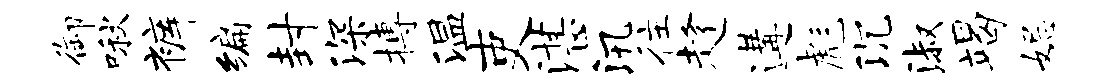
御啾裤编封深搏温吏湛汛往趁遘彪沉淑竭妃